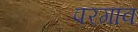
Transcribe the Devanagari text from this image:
परगाव